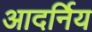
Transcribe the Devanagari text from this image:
आदर्निय